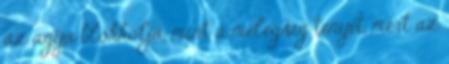
az agya blokkolja, mint a melegség tényét, mert az